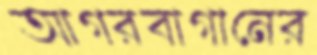
আগরবাগানের